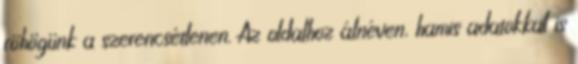
röhögünk a szerencsétlenen. Az oldalhoz álnéven, hamis adatokkal is